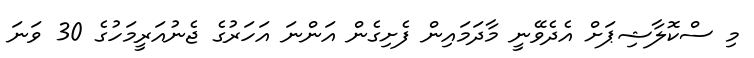
މި ސްކޮލާޝިޕަށް އެދެވޭނީ މާދަމައިން ފެށިގެން އަންނަ އަހަރުގެ ޖެނުއަރީމަހުގެ 30 ވަނަ